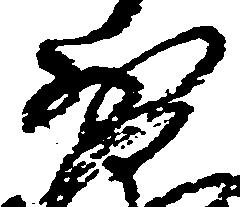
少